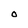
Character: O